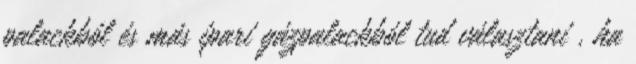
palackból és más ipari gázpalackból tud választani , ha